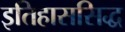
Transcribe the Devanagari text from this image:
इतिहाससिद्ध